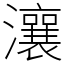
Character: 瀼